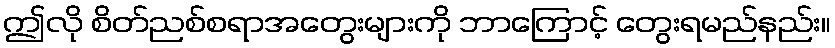
ဤလို စိတ်ညစ်စရာအတွေးများကို ဘာကြောင့် တွေးရမည်နည်း။